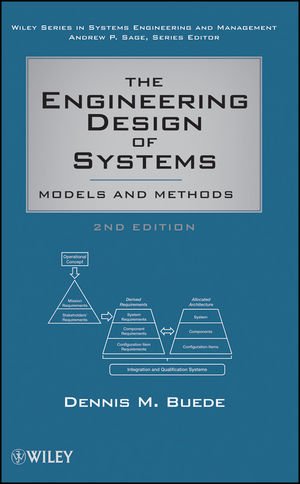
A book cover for The Engineering Design of Systems: Models and Methods; Dennis M. Buede; Engineering & Transportation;